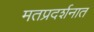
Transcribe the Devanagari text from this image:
मतप्रदर्शनात